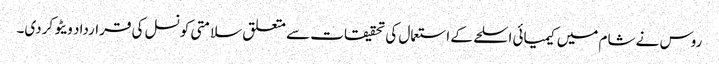
روس نے شام میں کیمیائی اسلحے کے استعمال کی تحقیقات سے متعلق سلامتی کونسل کی قرارداد ویٹو کردی۔